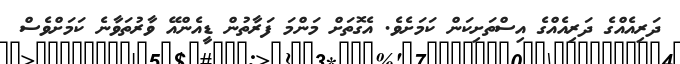
ދަރިއެއްގެ ދަރިއެއްގެ އިސްތަށިކަން ކަމަށެވެ. އެގޮތަށް މަންމަ ފަރާތުން ޑީއެންއޭ ވާރުތަވާނެ ކަމަށްވެސް